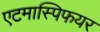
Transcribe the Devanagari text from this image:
एटमास्पिफयर